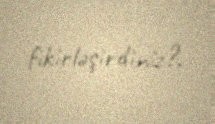
fikirləşirdiniz?.